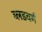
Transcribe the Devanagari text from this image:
ब्लडवर्म